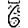
Digit: 6